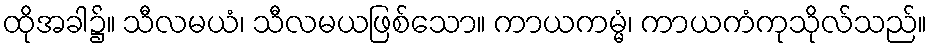
ထိုအခါ၌။ သီလမယံ၊ သီလမယဖြစ်သော။ ကာယကမ္မံ၊ ကာယကံကုသိုလ်သည်။